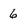
Character: 6